Annual report on the working of the lock hospitals in the Central Provinces
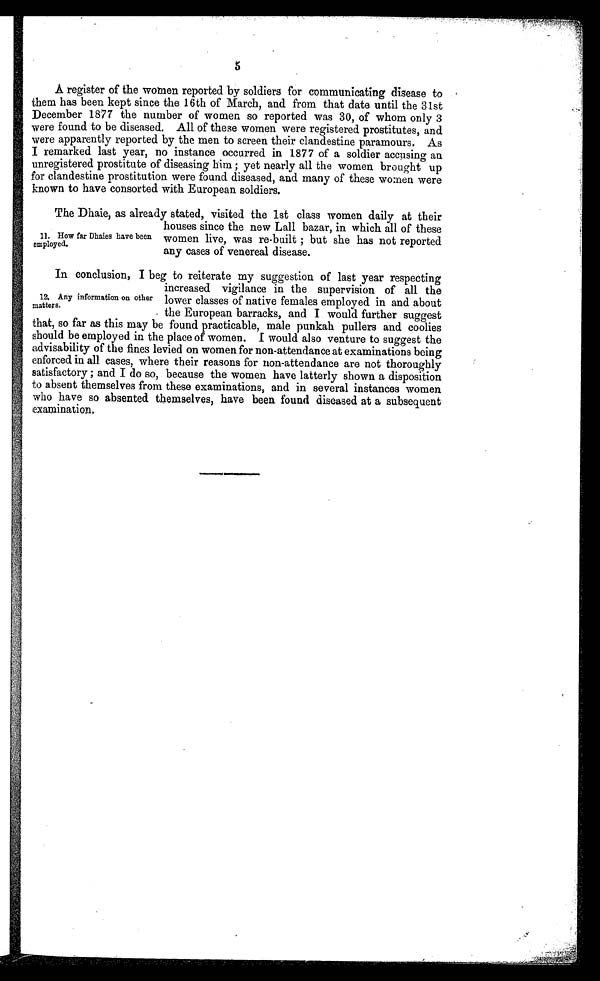
5
A register of the women reported by soldiers for communicating disease to
them has been kept since the 16th of March, and from that date until the 31st
December 1877 the number of women so reported was 30, of whom only 3
were found to be diseased. All of these women were registered prostitutes, and
were apparently reported by the men to screen their clandestine paramours. As
I remarked last year, no instance occurred in 1877 of a soldier accusing an
unregistered prostitute of diseasing him ; yet nearly all the women brought up
for clandestine prostitution were found diseased, and many of these women were
known to have consorted with European soldiers.
The Dhaie, as already stated, visited the 1st class women daily at their
houses since the new Lan bazar, in which all of these
women live, was re-built ; but she has not reported
any cases of venereal disease.
In conclusion, I beg to reiterate my suggestion of last year respecting
increased vigilance in the supervision of all the
lower classes of native females employed in and about
the European barracks, and I would further suggest
that, so far as this may be found practicable, male punkah pullers and coolies
should be employed in the place of women. I would also venture to suggest the
advisability of the fines levied on women for non-attendance at examinations being
enforced in all cases, where their reasons for non-attendance are not thoroughly
satisfactory ; and I do so, because the women have latterly shown a disposition
to absent themselves from these examinations, and in several instances women
who have so absented themselves, have been found diseased at a subsequent
examination.
11. How far Dhaies have been
employed.
12. Any information on other
matters.